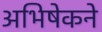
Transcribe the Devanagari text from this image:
अभिषेकने